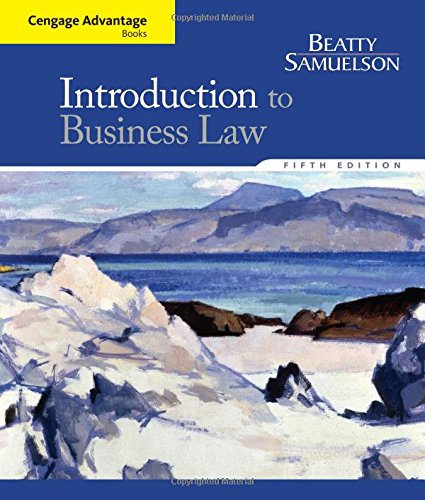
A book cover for Cengage Advantage Books: Introduction to Business Law; Jeffrey F. Beatty; Law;